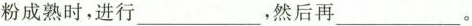
粉成熟时，进行___，然后再___。